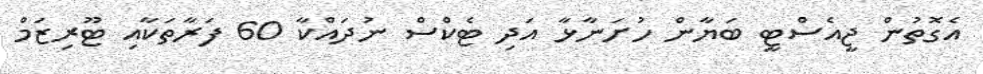
އެގޮތުން ޖީއެސްޓީ ބަޔާން ހުށަނާޅާ އަދި ޓެކްސް ނުދައްކާ 60 ފަރާތަކާއި ޓޫރިޒަމް